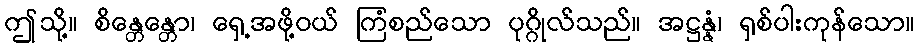
ဤသို့။ စိန္တေန္တော၊ ရှေ့အဖို့ဝယ် ကြံစည်သော ပုဂ္ဂိုလ်သည်။ အဋ္ဌန္နံ၊ ရှစ်ပါးကုန်သော။